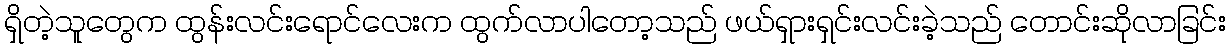
ရှိတဲ့သူတွေက ထွန်းလင်းရောင်လေးက ထွက်လာပါတော့သည် ဖယ်ရှားရှင်းလင်းခဲ့သည် တောင်းဆိုလာခြင်း